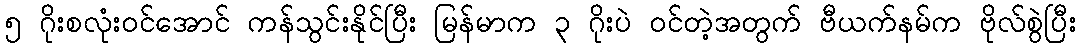
၅ ဂိုးစလုံးဝင်အောင် ကန်သွင်းနိုင်ပြီး မြန်မာက ၃ ဂိုးပဲ ဝင်တဲ့အတွက် ဗီယက်နမ်က ဗိုလ်စွဲပြီး